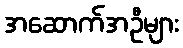
အဆောက်အဦများ